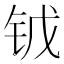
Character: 𨱆